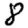
Digit: 8